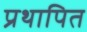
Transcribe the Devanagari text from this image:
प्रथापित